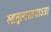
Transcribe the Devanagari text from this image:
रुद्रतुल्यस्तथाऽत्र।